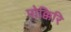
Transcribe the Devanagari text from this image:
पोक्किरि